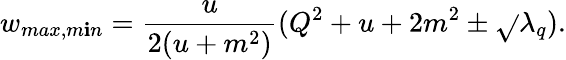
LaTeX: w_{max,m\mathbf{i}n}=\frac{{u}}{{2(u+m^{2})}}(Q^{2}+u+2m^{2}\pm\sqrt{}{{\lambda_{q}}}).